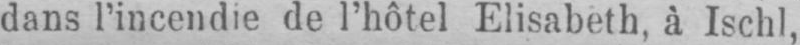
dans l’incendie de l’hôtel Elisabeth, à Ischl,